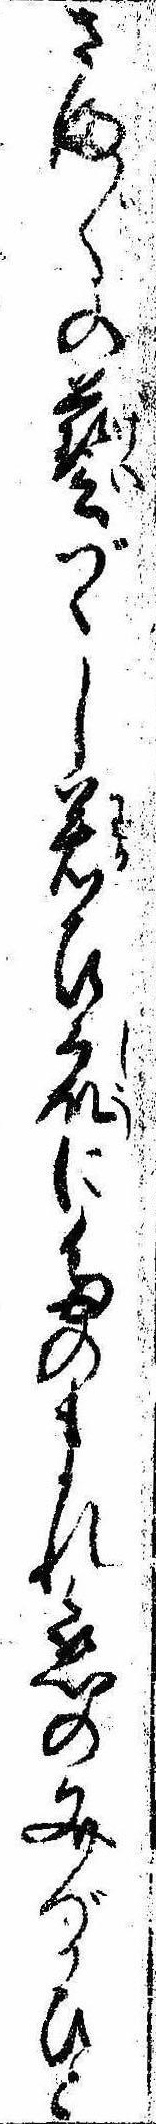
さま〲の芸づくし若ひ衆にたのまれ恋の文づかひと